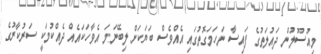
މިއުސޫލުން ދައުލަތުގެ ފައިސާ ނަހަމަގޮތުގައި އެއްވެސް ބަޔަކަށް ލިބޭނަމަ އެވާހަކައެއް ދެއްކުމަކީ ސަރުކާރުގެ